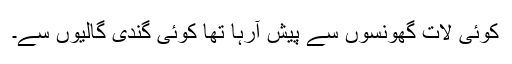
کوئی لات گھونسوں سے پیش آرہا تھا کوئی گندی گالیوں سے۔